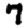
Digit: 7